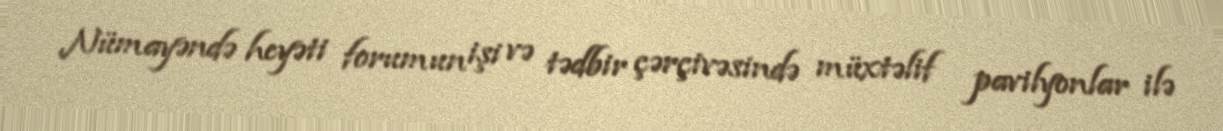
Nümayəndə heyəti forumun işi və tədbir çərçivəsində müxtəlif pavilyonlar ilə